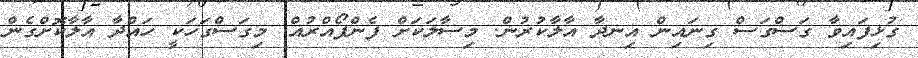
ގުޅިފައިވާ ގަސްގަސް ގިނައިން އިނދާ އާލާކުރުން. މިސާލަކަށް ފެންފޯއްރުއް. މިގަސްގަހަކީ ހައްދާ އާލާކޮށްގެން